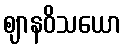
ဈာနဝိသယော